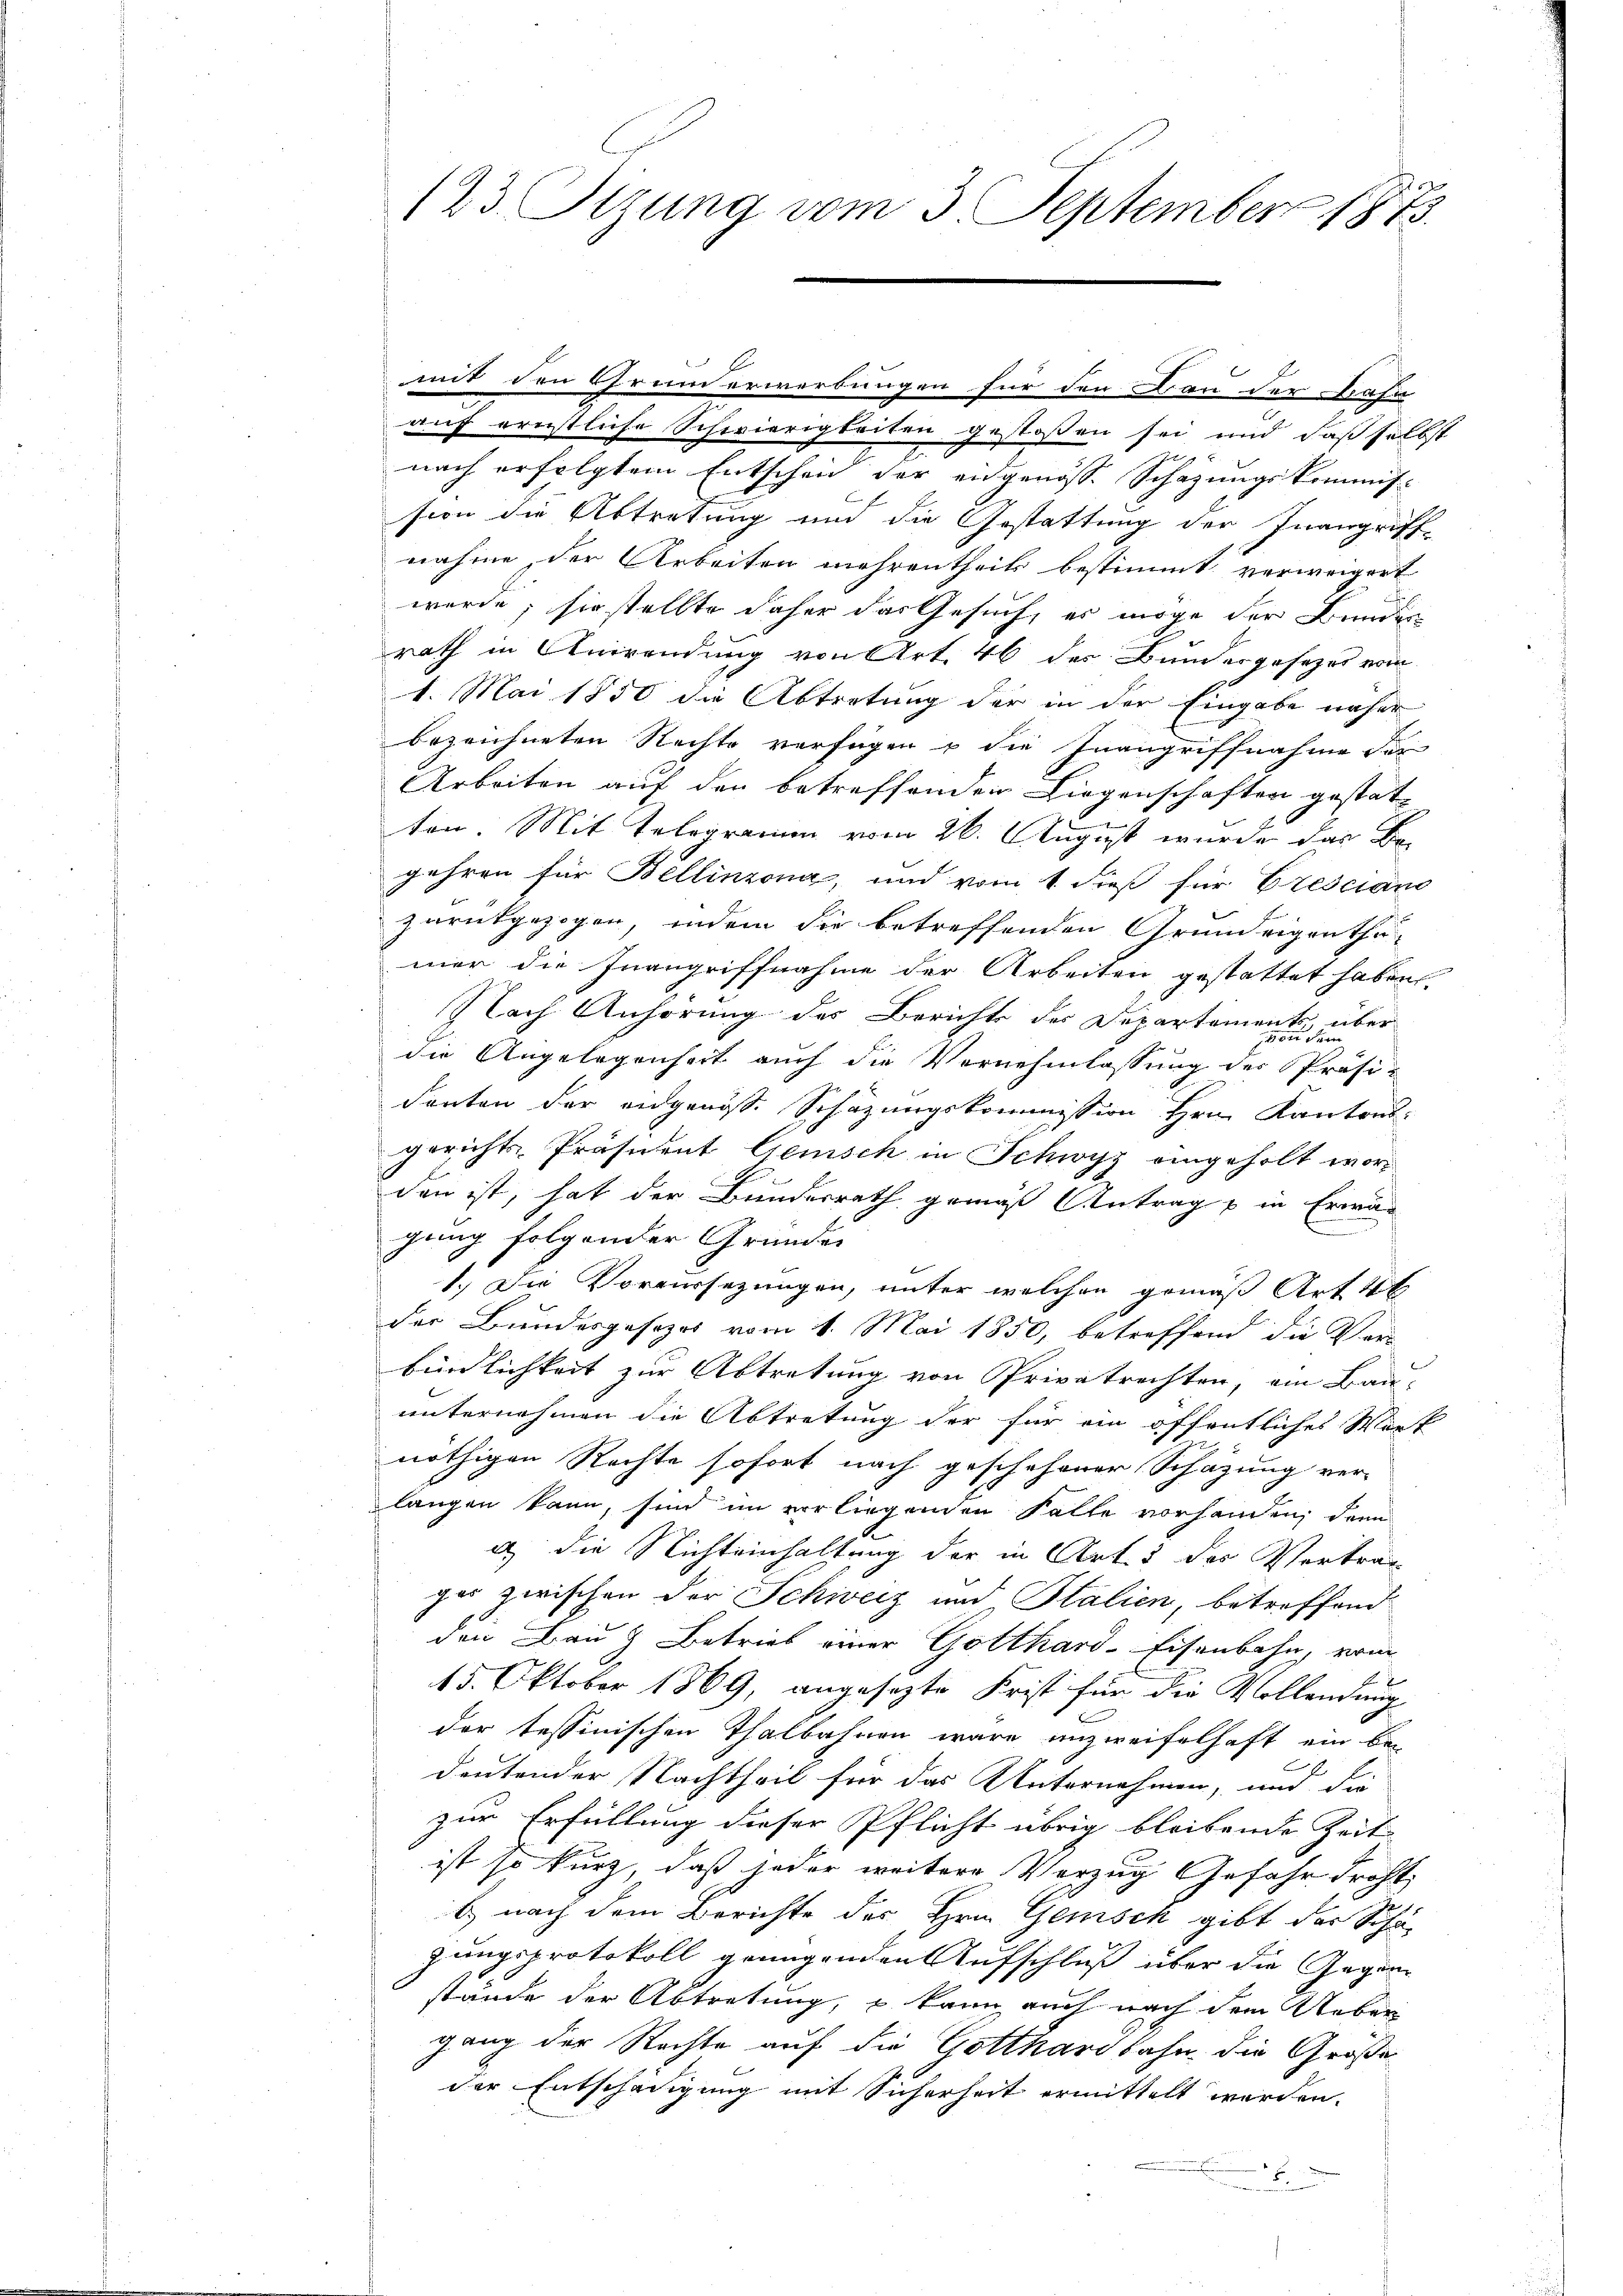
123. Sizung vom 3. September 1873.

mit den Grunderwerbungen für den Bau der Bahn
auf ernstliche Schwierigkeiten gestossen sei und daß selbst
nach erfolgtem Entschen der engenöss. Schazungskommis-
sion die Abtretung und die Gestattung der Inangriffnahme, der Arbeiten mehrentheils bestimmt verweigert
wurde; sie stellte daher das Gesuch, es möge der Bunder
rath in Anwendung von Art. 46 des Bundergesetzes vom
1. Mai 1850 die Abtretung der in der Eingabe näher
bezeichneten Rechte verfügen u die Inangriffnahme der
Arbeiten auf den betreffenden Liegenschaften gestat-
ten Mit Telegramm vom 26. August wurde das Be
gehren für Bellinzona, und vom 1 dieß für Presciano
zurückgezogen, indem die betreffenden Grundeigenthu-
mer die Inangriffnahme der Arbeiten gestattet haben.
Nach Anhörung des Berichts des Departements über
die Angelegenheit auch die Vernehmlassung der Präsi-
denten der eidgenöss. Schazungskommission Hrn. Kantons-
gerichts-Präsident Gemisch in Schwyz eingeholt worden ist, hat der Bundesrath gemäß Antrag u. in Erwägung folgender Gründe
1.) Die Vorersezungen, unter welchen gemäß Art al
der Bundesgesezes vom 1. Mai 1850, betreffend die Verbündlichkeit zur Abtretung von Privatrechten, ein Bau-
unternehmen die Abtretung der für ein öffentliches Wort
nöthigen Rechte sofort nach geschehener Schazung ver-
langen kann, sind im vorliegenden Falle vorhanden, denn
i die Nichteinhaltung der in Art. 5 des Vertrag
ges zwischen der Schweiz und Italien, betreffend
den Bau & Betrieb einer Gotthard-Eisenbahn, vom
15. Oktober 1869, angesezte Frist für die Vollendung
der tessinischen Thalbahnen wäre unzweifelhaft ein be-
deutender Nachtheil für das Unternehmen, und die
zur Erfüllung dieser Pflicht übrig bleibende Zeit
ist so kurz, daß jeder weitere Vorzug Gefahr droht,
b. nach dem Berichte des Hrn. Gemisch gibt der Schäzungsprotokoll genügenden Aufschluß über die Gegenstände der Abtretung, u kann auch nach dem Ueber
gang der Rechte auf die Gotthardbahn, die Größe
der Entschädigung mit Sicherheit ermittelt worden.
b